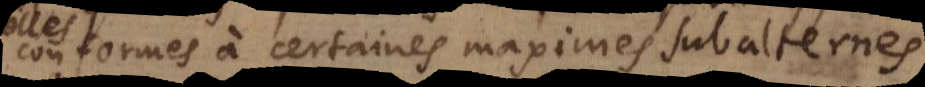
conformes à certaines maximes subalternes,